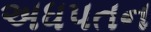
અધપતન